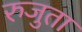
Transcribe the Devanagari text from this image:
रुजुता